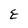
Character: E